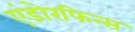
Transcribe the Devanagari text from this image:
एंडोरफिन्स